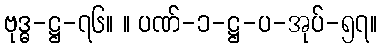
ဗုဒ္ဓ-ဋ္ဌ-၇၆။ ။ ပဏ်-၁-ဋ္ဌ-ပ-အုပ်-၅၇။